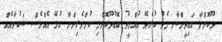
ދޫކޮށްލާ ގައިދީންނާ މެދު ކުރެވޭ އުއްމީދު ބޮޑުދޫކޮށްލި ކުށްވެރިންނާ ގުޅޭ އެއްވެސް ޝަކުވާއެއް